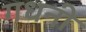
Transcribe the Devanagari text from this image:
गधनी